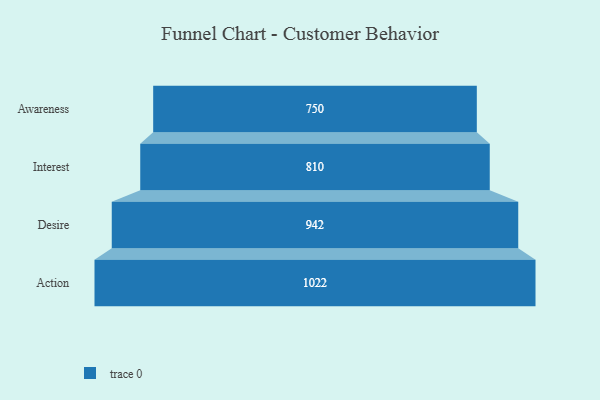
{"axis": {"x": "Stage", "y": "Value"}, "legend": [""], "data": [{"x": "Awareness", "y": 750.0, "type": ""}, {"x": "Interest", "y": 810.0, "type": ""}, {"x": "Desire", "y": 942.0, "type": ""}, {"x": "Action", "y": 1022.0, "type": ""}]}